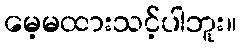
မေ့မထားသင့်ပါဘူး။